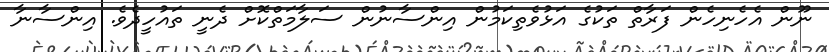
ނޫން އެހެނިހެން ފަރާތް ތަކުގެ އަޅުވެތިކަމުން އިންސާނުން ސަލާމަތްކޮށް ދެނީ ތައުހީދެެވެ. އިންސާނާ